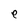
Character: e